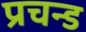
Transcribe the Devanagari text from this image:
प्रचन्ड